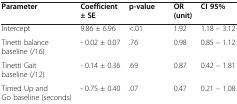
| Parameter | Coefficient ± SE | p-value | OR (unit) | CI 95% |
 | --- | --- | --- | --- | --- |
 | Intercept | 9.86 ± 6.96 | <.01 | 1.92 | 1.18 – 3.12 |
 | Tinetti balance baseline (/16) | - 0.02 ± 0.07 | .76 | 0.98 | 0.85 – 1.12 |
 | Tinetti Gait baseline (/12) | - 0.14 ± 0.36 | .69 | 0.87 | 0.42 – 1.81 |
 | Timed Up and Go baseline (seconds) | - 0.75 ± 0.40 | .07 | 0.47 | 0.21 – 1.08 |